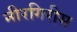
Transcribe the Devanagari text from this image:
नीरगिरीस